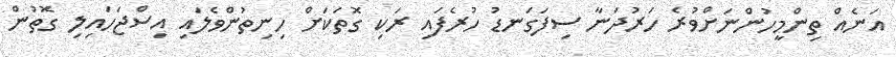
އަނެއް ތިންމީހުންނަށްވުރެ ހަރުދަނާ ސިފަގަނޑު ހުރެފައި ރަކި ގޮތަކަށް ހިނިތުންވެލައި އިސްޖަހައިލި ގޮތުން